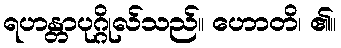
ရဟန္တာပုဂ္ဂိုလ်သည်။ ဟောတိ၊ ၏။